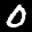
Label: 0